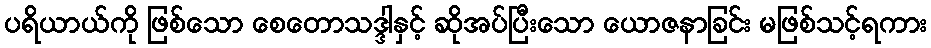
ပရိယာယ်ကို ဖြစ်သော စေတောသဒ္ဒါနှင့် ဆိုအပ်ပြီးသော ယောဇနာခြင်း မဖြစ်သင့်ရကား